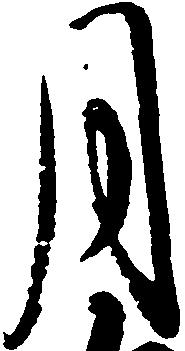
月